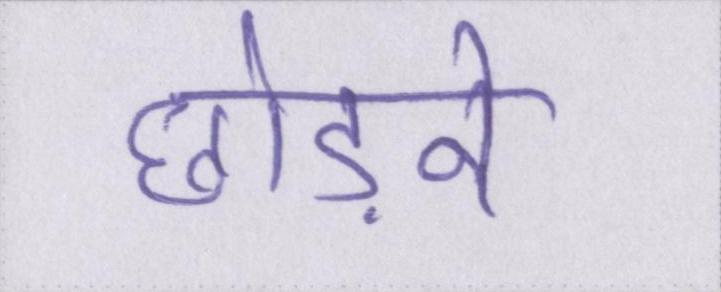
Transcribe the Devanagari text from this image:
छोड़ने